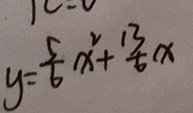
y = \frac { 5 } { 6 } x ^ { 2 } + \frac { 1 3 } { 6 } x